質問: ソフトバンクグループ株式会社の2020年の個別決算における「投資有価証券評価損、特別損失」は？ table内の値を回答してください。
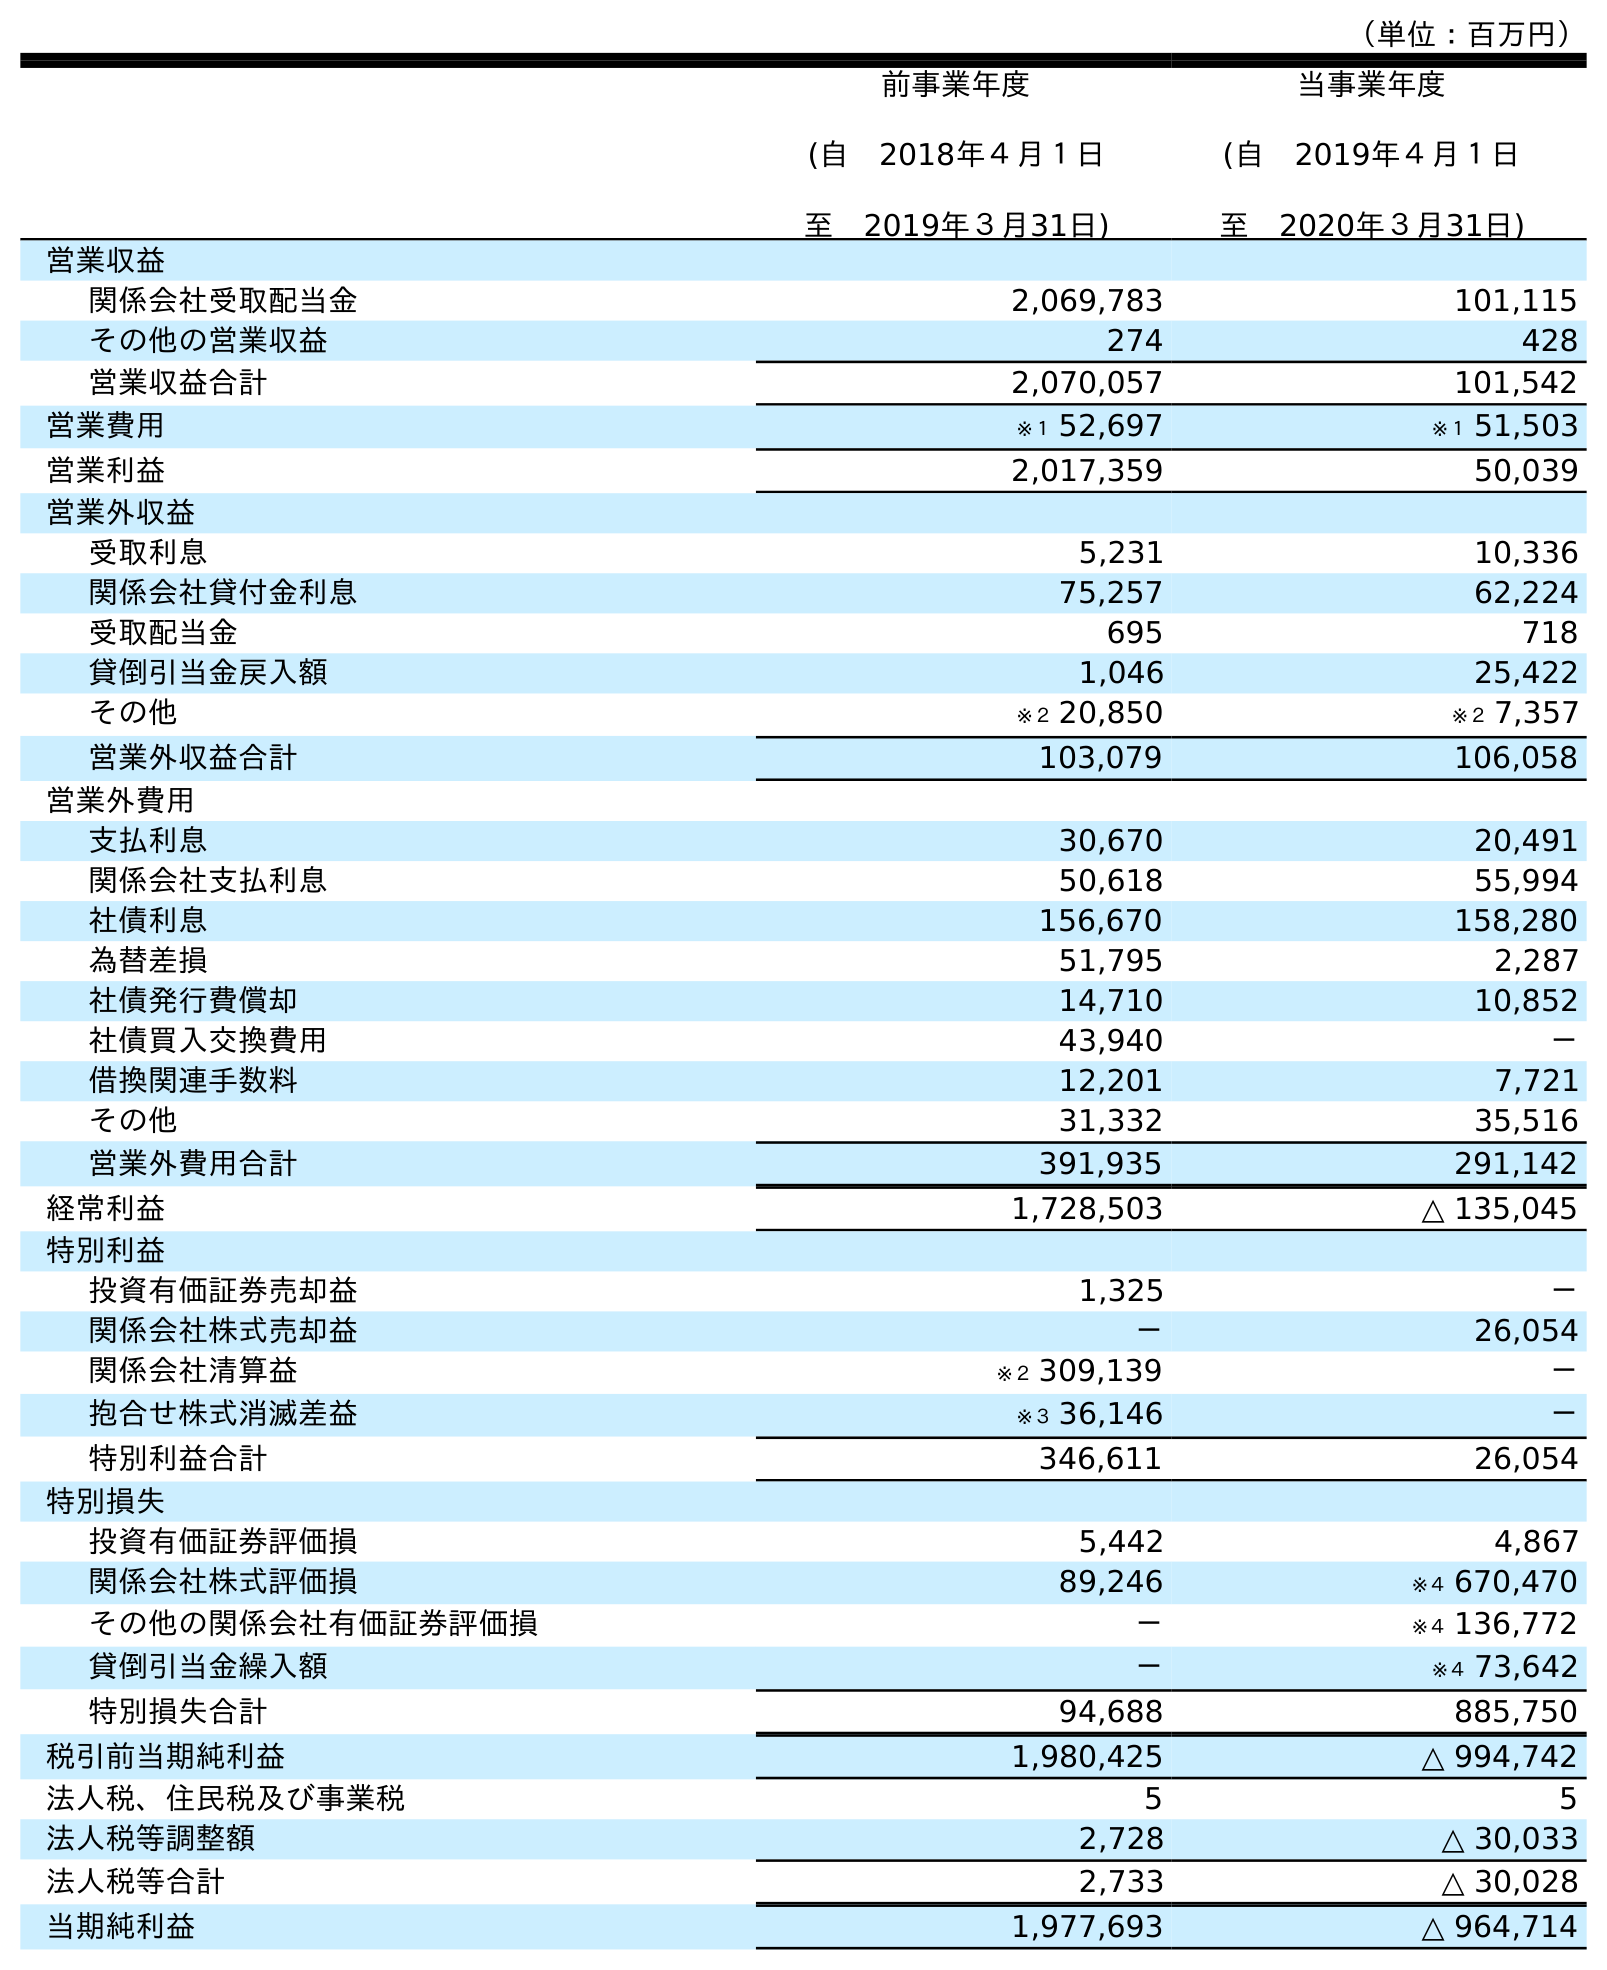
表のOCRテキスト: （単位：百万円） 前事業年度 (自 2018年４月１日 至 2019年３月31日) 当事業年度 (自 2019年４月１日 至 2020年３月31日) 営業収益 関係会社受取配当金 2,069,783 101,115 その他の営業収益 274 428 営業収益合計 2,070,057 101,542 営業費用 ※１ 52,697 ※１ 51,503 営業利益 2,017,359 50,039 営業外収益 受取利息 5,231 10,336 関係会社貸付金利息 75,257 62,224 受取配当金 695 718 貸倒引当金戻入額 1,046 25,422 その他 ※２ 20,850 ※２ 7,357 営業外収益合計 103,079 106,058 営業外費用 支払利息 30,670 20,491 関係会社支払利息 50,618 55,994 社債利息 156,670 158,280 為替差損 51,795 2,287 社債発行費償却 14,710 10,852 社債買入交換費用 43,940 － 借換関連手数料 12,201 7,721 その他 31,332 35,516 営業外費用合計 391,935 291,142 経常利益 1,728,503 △ 135,045 特別利益 投資有価証券売却益 1,325 － 関係会社株式売却益 － 26,054 関係会社清算益 ※２ 309,139 － 抱合せ株式消滅差益 ※３ 36,146 － 特別利益合計 346,611 26,054 特別損失 投資有価証券評価損 5,442 4,867 関係会社株式評価損 89,246 ※４ 670,470 その他の関係会社有価証券評価損 － ※４ 136,772 貸倒引当金繰入額 － ※４ 73,642 特別損失合計 94,688 885,750 税引前当期純利益 1,980,425 △ 994,742 法人税、住民税及び事業税 5 5 法人税等調整額 2,728 △ 30,033 法人税等合計 2,733 △ 30,028 当期純利益 1,977,693 △ 964,714
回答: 4,867